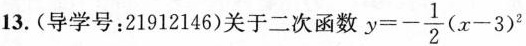
13.(导学号：21912146)关于二次函数 $$y = - \frac{ 1 } { 2 } ( x - 3 ) ^ { 2 }